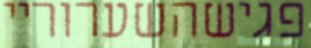
פגישהשערוריי